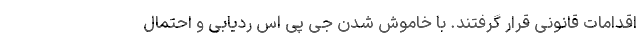
اقدامات قانونی قرار گرفتند. با خاموش شدن جی پی اس ردیابی و احتمال